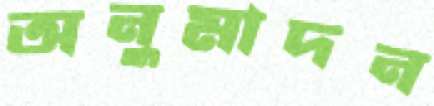
অনুমাদন